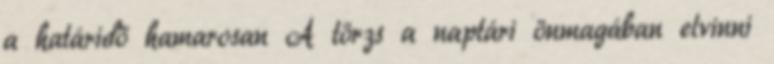
a határidő hamarosan A törzs a naptári önmagában elvinni